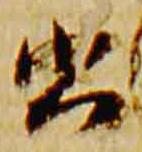
書